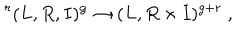
\ ^ { r } ( L , R , I ) ^ { g } \to ( L , R \times I ) ^ { g + r } \ ,